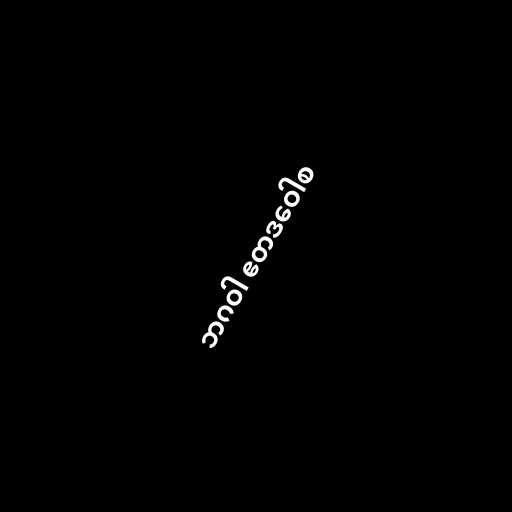
ဘဂဝါ ဧတဒဝေါစ